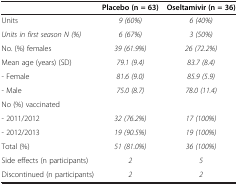
|  | Placebo (n = 63) | Oseltamivir (n = 36) |
 | --- | --- | --- |
 | Units | 9 (60%) | 6 (40%) |
 | Units in first season N (%) | 6 (67%) | 3 (50%) |
 | No. (%) females | 39 (61.9%) | 26 (72.2%) |
 | Mean age (years) (SD) | 79.1 (9.4) | 83.7 (8.4) |
 | - Female | 81.6 (9.0) | 85.9 (5.9) |
 | - Male | 75.0 (8.7) | 78.0 (11.4) |
 | No (%) vaccinated |  |  |
 | - 2011/2012 | 32 (76.2%) | 17 (100%) |
 | - 2012/2013 | 19 (90.5%) | 19 (100%) |
 | Total (%) | 51 (81.0%) | 36 (100%) |
 | Side effects (n participants) | 2 | 5 |
 | Discontinued (n participants) | 2 | 2 |